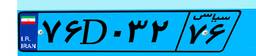
۷۶D۰۳۲۷۶